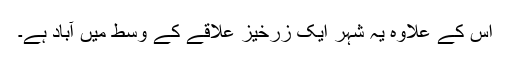
اس کے علاوہ یہ شہر ایک زرخیز علاقے کے وسط میں آباد ہے۔